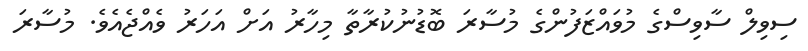
ސިވިލް ސާވިސްގެ މުވައްޒަފުންގެ މުސާރަ ބޮޑުނުކުރާތާ މިހާރު އަށް އަހަރު ވެއްޖެއެވެ. މުސާރަ